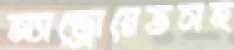
অ্যান্ড্রোয়েডসহ